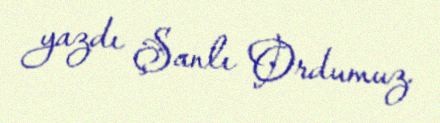
yazdı Şanlı Ordumuz.